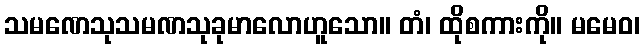
သမဏေသုသမဏသုခုမာလောဟူသော။ တံ၊ ထိုစကားကို။ မမေဝ၊